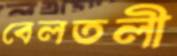
বেলতলী